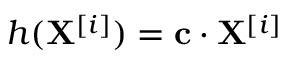
h ( \mathbf { X } ^ { [ i ] } ) = \mathbf { c } \cdot \mathbf { X } ^ { [ i ] }